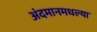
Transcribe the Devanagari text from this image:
अंदमानमधल्या